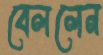
বেললেন